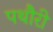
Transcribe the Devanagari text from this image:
पथौरी